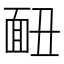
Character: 𩈇